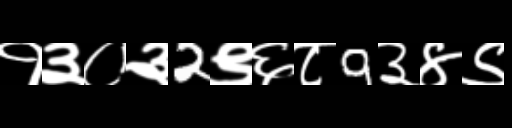
Text: १३०३2९६८9३४९